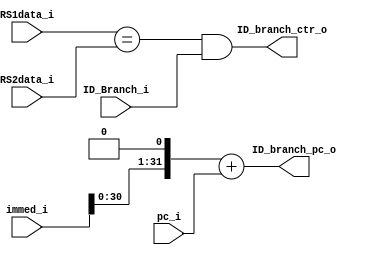
module Branch(
    immed_i,
    pc_i,
    RS1data_i,
    RS2data_i,
    ID_Branch_i,
    ID_branch_pc_o,
    ID_branch_ctr_o,
);
    input [31:0] immed_i, pc_i;
    input [31:0] RS1data_i, RS2data_i;
    input ID_Branch_i;

    output [31:0] ID_branch_pc_o;
    output ID_branch_ctr_o;

    assign ID_branch_pc_o = (immed_i << 1) + pc_i;
    assign ID_branch_ctr_o = (RS1data_i == RS2data_i) & ID_Branch_i;

endmodule